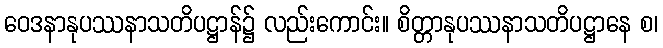
ဝေဒနာနုပဿနာသတိပဋ္ဌာန်၌ လည်းကောင်း။ စိတ္တာနုပဿနာသတိပဋ္ဌာနေ စ၊